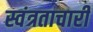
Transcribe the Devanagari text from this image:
स्वंत्रताचारी